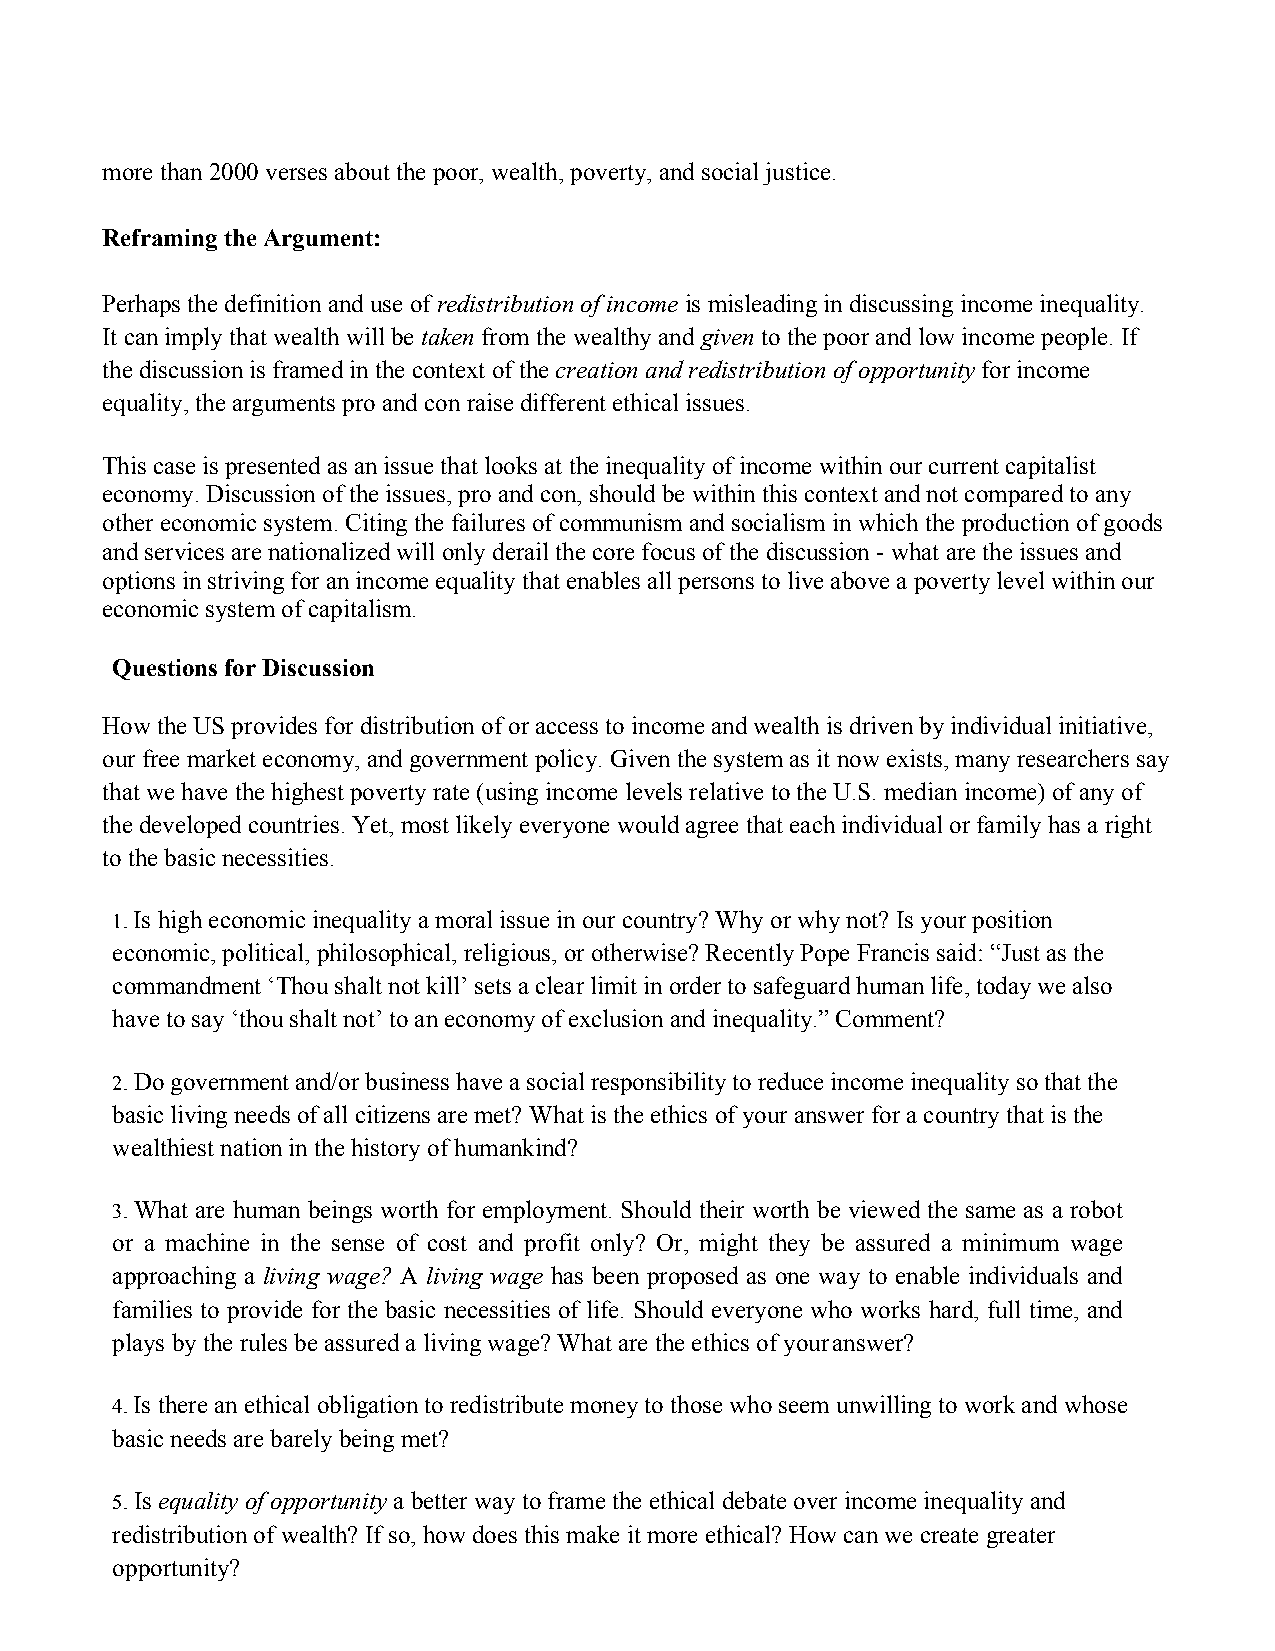
more than 2000 verses about the poor, wealth, poverty, and social justice.
 Reframing the Argument:
 Perhaps the definition and use of redistribution of income is misleading in discussing income inequality.
 It can imply that wealth will be taken from the wealthy and given to the poor and low income people. If
 the discussion is framed in the context of the creation and redistribution of opportunity for income
 equality, the arguments pro and con raise different ethical issues.
 This case is presented as an issue that looks at the inequality of income within our current capitalist
 economy. Discussion of the issues, pro and con, should be within this context and not compared to any
 other economic system. Citing the failures of communism and socialism in which the production of goods
 and services are nationalized will only derail the core focus of the discussion - what are the issues and
 options in striving for an income equality that enables all persons to live above a poverty level within our
 economic system of capitalism.
 Questions for Discussion
 How the US provides for distribution of or access to income and wealth is driven by individual initiative,
 our free market economy, and government policy. Given the system as it now exists, many researchers say
 that we have the highest poverty rate (using income levels relative to the U.S. median income) of any of
 the developed countries. Yet, most likely everyone would agree that each individual or family has a right
 to the basic necessities.
 1.Is high economic inequality a moral issue in our country? Why or why not? Is your position
 economic, political, philosophical, religious, or otherwise? Recently Pope Francis said: “Just as the
 commandment ‘Thou shalt not kill’ sets a clear limit in order to safeguard human life, today we also
 have to say ‘thou shalt not’ to an economy of exclusion and inequality.” Comment?
 2.Do government and/or business have a social responsibility to reduce income inequality so that the
 basic living needs of all citizens are met? What is the ethics of your answer for a country that is the
 wealthiest nation in the history of humankind?
 3.What are human beings worth for employment. Should their worth be viewed the same as a robot
 or a machine in the sense of cost and profit only? Or, might they be assured a minimum wage
 approaching a living wage? A living wage has been proposed as one way to enable individuals and
 families to provide for the basic necessities of life. Should everyone who works hard, full time, and
 plays by the rules be assured a living wage? What are the ethics of your answer?
 4.Is there an ethical obligation to redistribute money to those who seem unwilling to work and whose
 basic needs are barely being met?
 5.Is equality of opportunity a better way to frame the ethical debate over income inequality and
 redistribution of wealth? If so, how does this make it more ethical? How can we create greater
 opportunity?